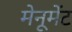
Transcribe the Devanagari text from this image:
मेनूमेंट